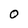
Character: O